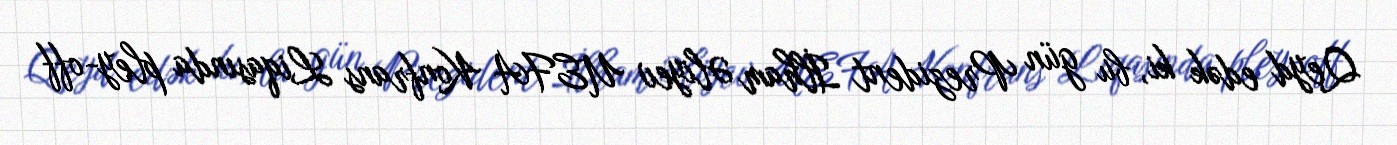
Qeyd edək ki, bu gün Prezident İlham Əliyev UEFA Konfrans Liqasında pley-off